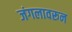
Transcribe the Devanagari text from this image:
जंगलावरून